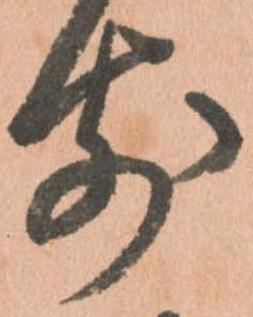
前